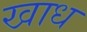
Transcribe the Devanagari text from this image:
खाध